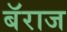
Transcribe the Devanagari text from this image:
बॅराज